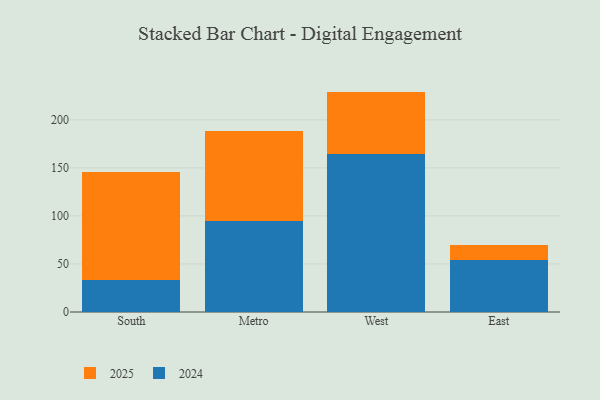
{"axis": {"x": "Region", "y": "Website Visitors"}, "legend": ["2024", "2025"], "data": [{"x": "South", "y": 33.8, "type": "2024"}, {"x": "South", "y": 111.8, "type": "2025"}, {"x": "Metro", "y": 94.5, "type": "2024"}, {"x": "Metro", "y": 94.1, "type": "2025"}, {"x": "West", "y": 164.7, "type": "2024"}, {"x": "West", "y": 64.7, "type": "2025"}, {"x": "East", "y": 54.1, "type": "2024"}, {"x": "East", "y": 15.7, "type": "2025"}]}